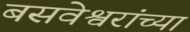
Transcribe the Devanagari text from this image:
बसवेश्वरांच्या